Leningradi_Edasi_toimetus, lk 171
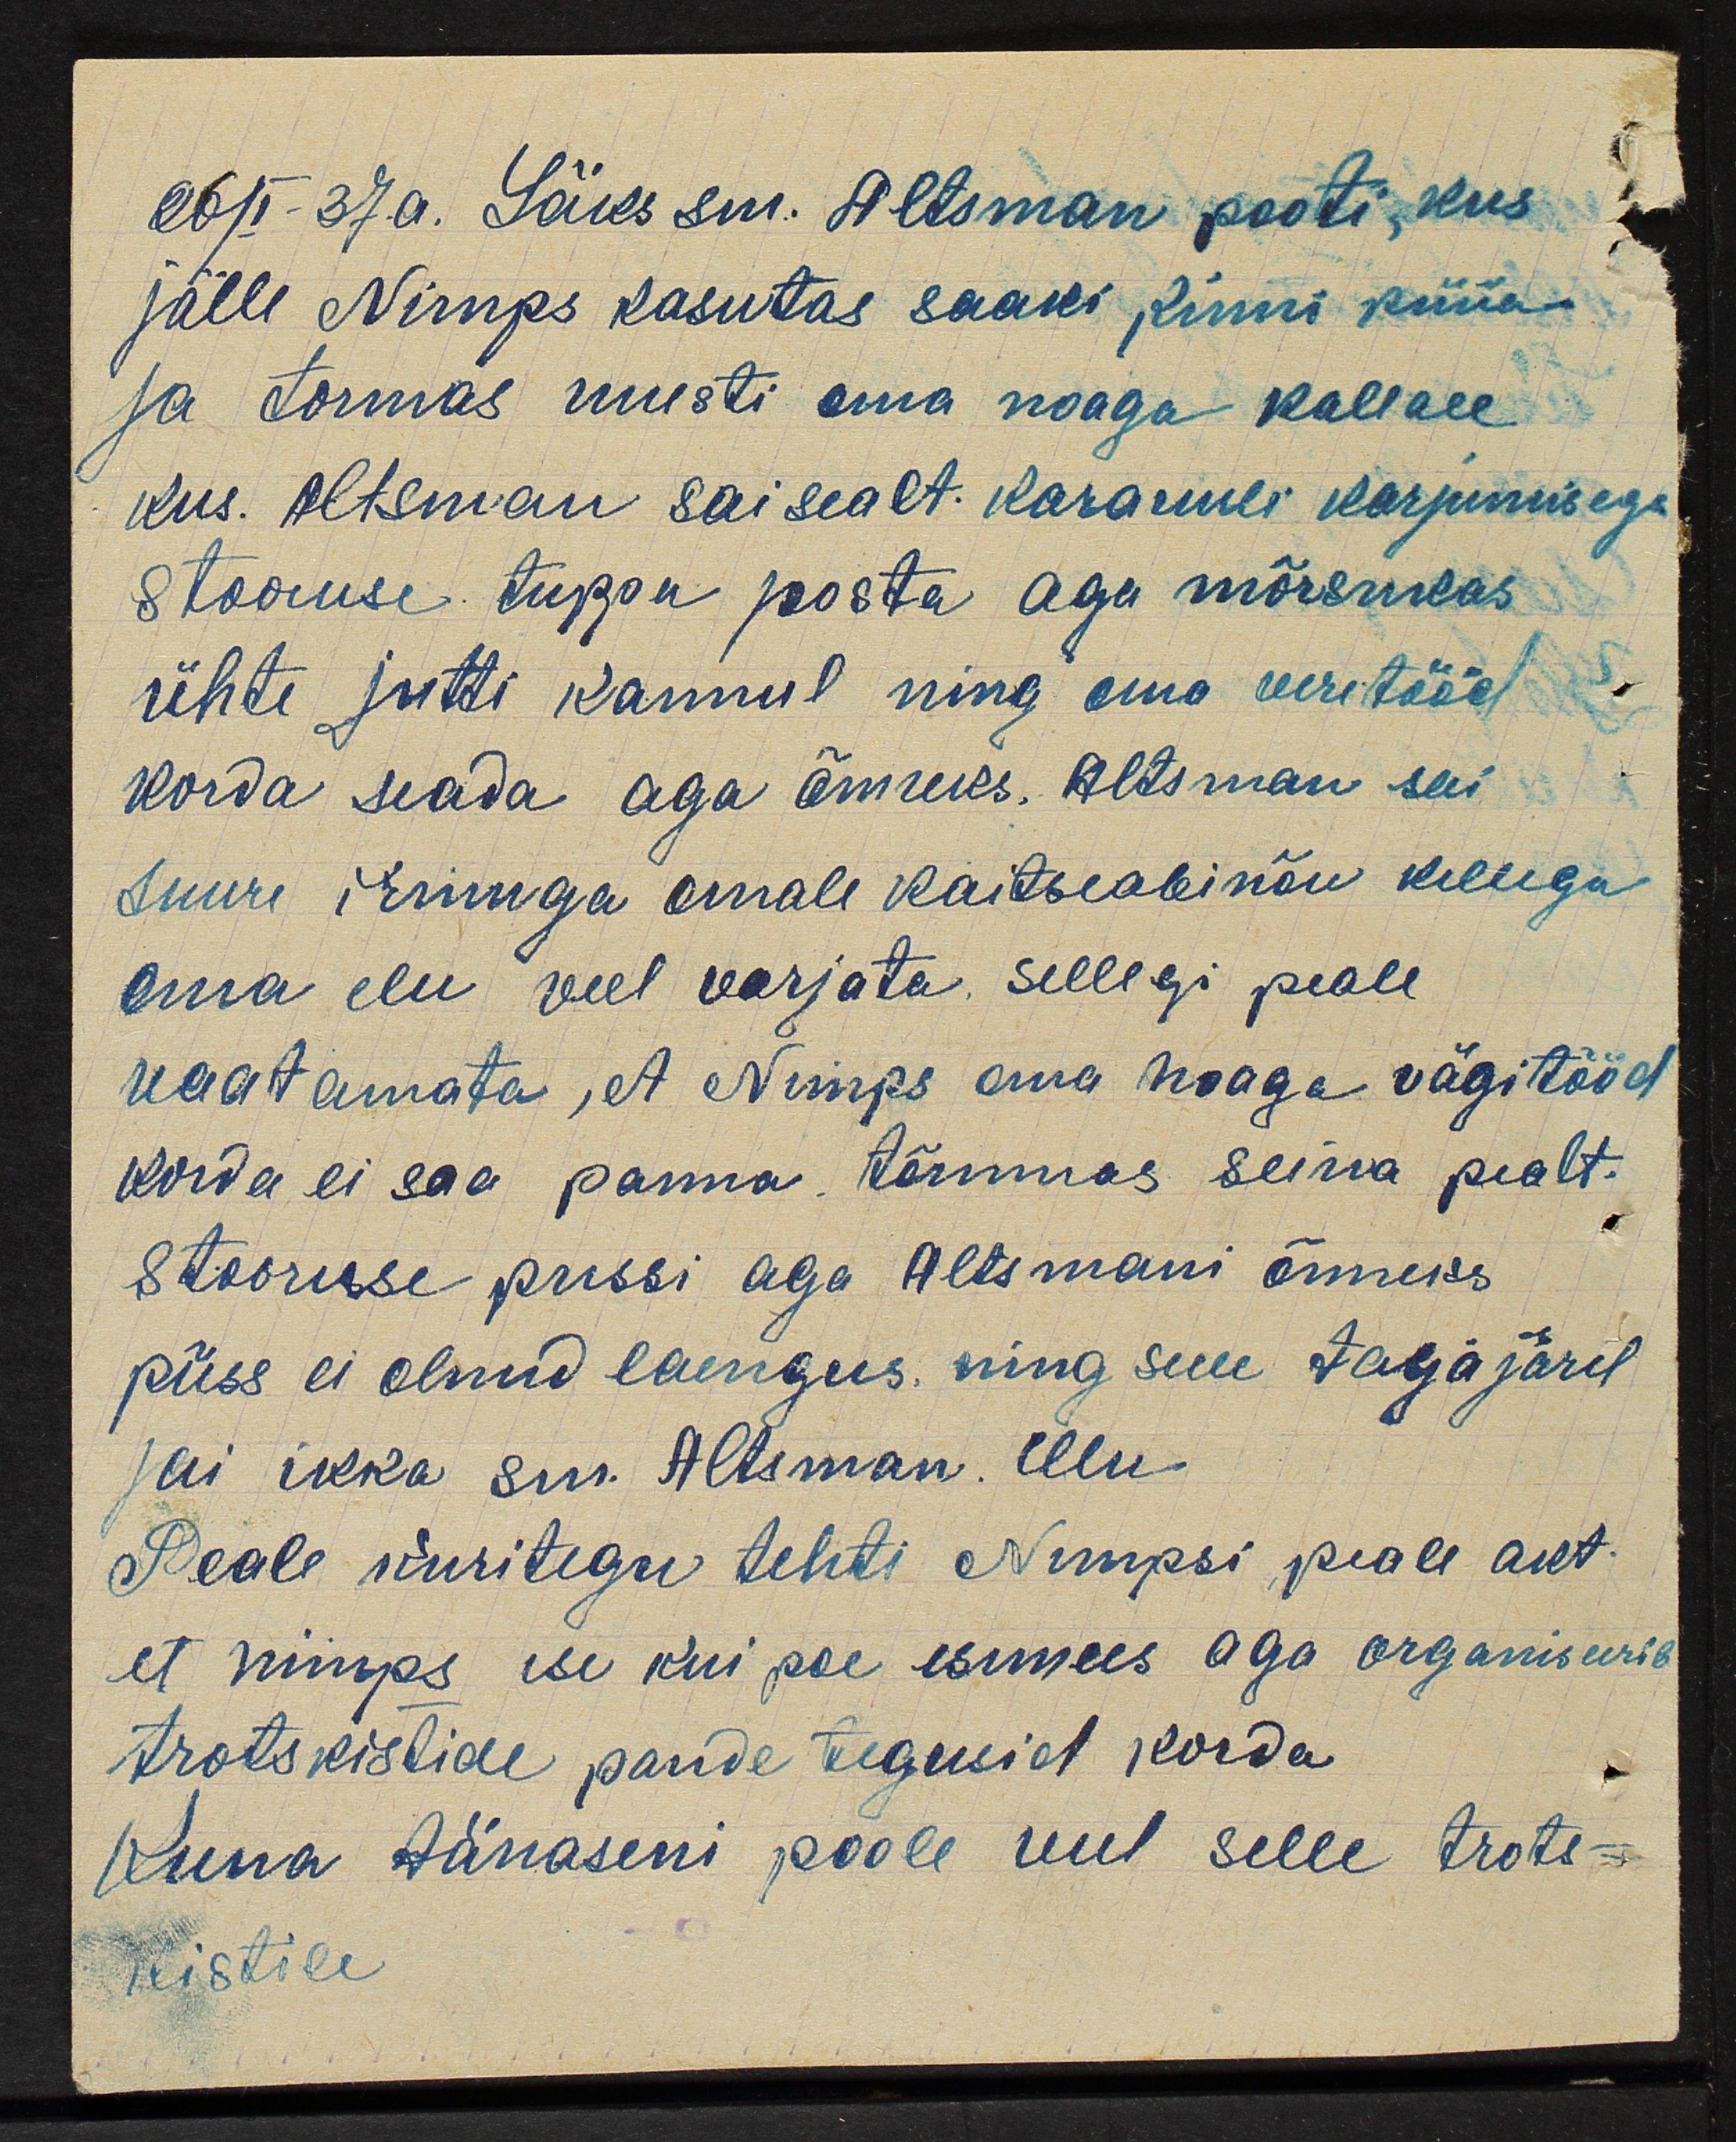
26/I-37.a. Läks sm. Altsman pooti, kus
jälle Nimps kasutas saaks kinni püüa
ja tormas uuesti oma noaga kallale
kus. Altsman sai sealt. Karauuli karjumisega
Stooruse tuppa posta aga mõrsukas
ühte jutti kannul ning oma veretööd
korda seada aga õnneks. Altsman sai
suure irmuga omale kaitseabinõu kellega
oma elu veel varjata. Sellegi peale
vaatamata, et A Nimps oma noaga vägitööd
korda ei saa panna. tõmmas seina pealt.
Stooruse pussi aga Altsmani õnneks
püss ei olnud laengus, ning selle tagajärel
jai ikka sm. Altsman. ellu
Peale kuritegu tehti Nimpsi peale akt
et nimps ise kui poe esimees aga organiseerib
trotskistide pande tegusid korda
Kuna tänaseni poole veel selle trots-
kistile